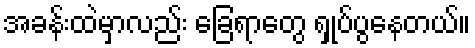
အခန်းထဲမှာလည်း ခြေရာတွေ ရှုပ်ပွနေတယ်။